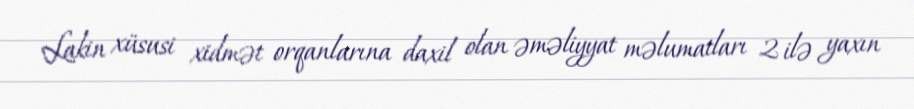
Lakin xüsusi xidmət orqanlarına daxil olan əməliyyat məlumatları 2 ilə yaxın